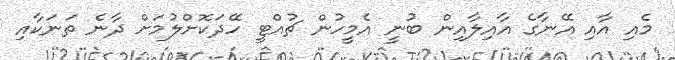
މެއި އާއި އޭނާގެ އާއިލާއިން ބުނީ އެމީހުން ޗުއްޓީ ހޭދަކޮށްލުމަށް ދާނެ ތަނަކާއި